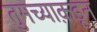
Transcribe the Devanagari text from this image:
तुमच्याक़डून